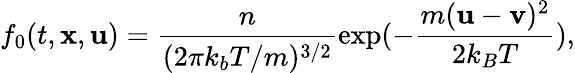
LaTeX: f_{0}(t,\mathbf{x},\mathbf{u})=\frac{n}{(2\pi k_{b}T/m)^{3/2}}\exp(-\frac{m(\mathbf{u}-\mathbf{v})^{2}}{2k_{B}T}),